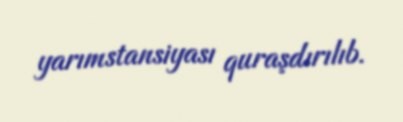
yarımstansiyası quraşdırılıb.